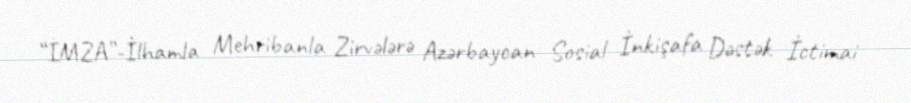
“İMZA”-İlhamla Mehribanla Zirvələrə Azərbaycan Sosial İnkişafa Dəstək İctimai